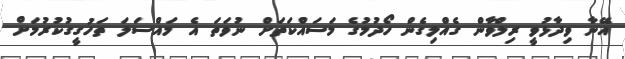
އޭނާ ވިދާޅުވީ ރިލްވާން ގެއްލިގެން ހޯދުމުގެ މަސައްކަތަށް ނުވަތަ އެ މައްސަލަ ތަހުގީގުކުރުމަށް